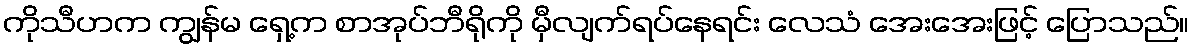
ကိုသီဟက ကျွန်မ ရှေ့က စာအုပ်ဘီရိုကို မှီလျက်ရပ်နေရင်း လေသံ အေးအေးဖြင့် ပြောသည်။